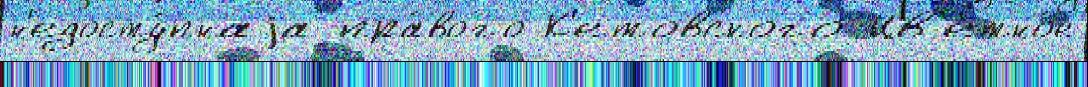
н'едосту́пнаjа пра́вого К'етовского Цв'етно́е